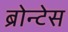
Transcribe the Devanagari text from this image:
ब्रोन्टेस